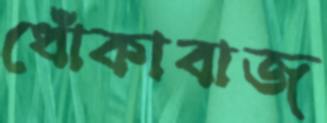
ধোঁকাবাজ